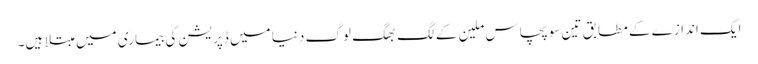
ایک اندازے کے مطابق تین سو پچاس ملین کے لگ بھگ لوگ دنیا میں ڈپریشن کی بیماری میں مبتلا ہیں۔